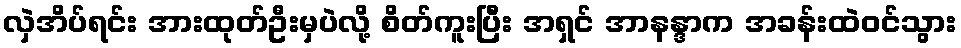
လှဲအိပ်ရင်း အားထုတ်ဦးမှပဲလို့ စိတ်ကူးပြီး အရှင် အာနန္ဒာက အခန်းထဲဝင်သွား